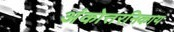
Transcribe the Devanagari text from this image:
अंकोत्तरनिकाय